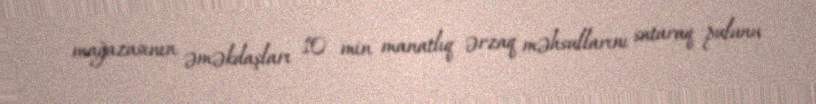
mağazasının əməkdaşları 10 min manatlıq ərzaq məhsullarını sataraq pulunu